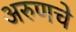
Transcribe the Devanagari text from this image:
अरुणचे